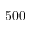
5 0 0